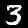
Label: 3